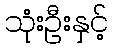
သုံးဦးနှင့်